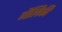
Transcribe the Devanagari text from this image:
गैलिकी